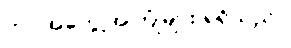
ဘဝအတွေ့အကြုံများ ရရှိသည်။